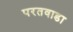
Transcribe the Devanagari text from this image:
परतवाडा